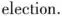
election.